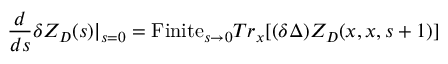
{ \frac { d } { d s } } \delta Z _ { D } ( s ) | _ { s = 0 } = \mathrm { F i n i t e } _ { s \to 0 } T r _ { x } [ ( \delta \Delta ) Z _ { D } ( x , x , s + 1 ) ]